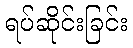
ရပ်ဆိုင်းခြင်း